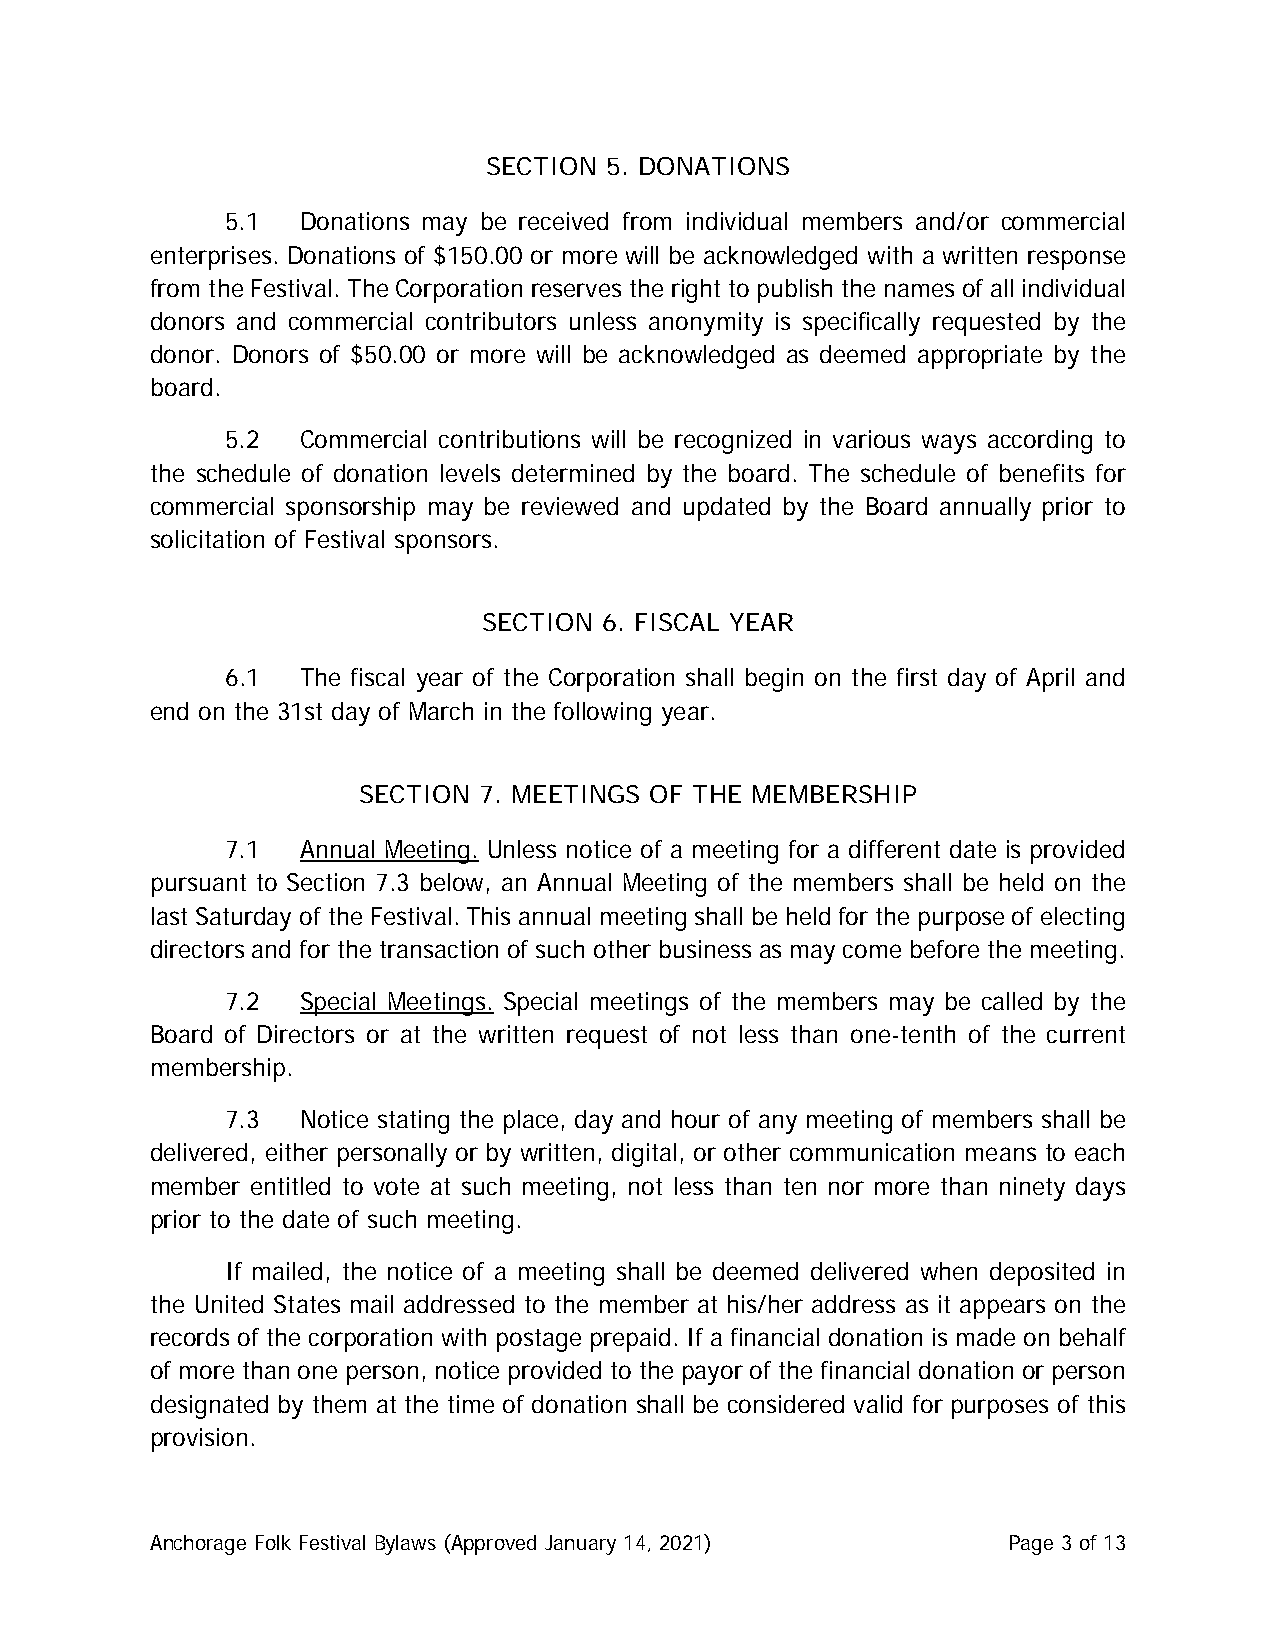
SECTION 5. DONATIONS
 5.1  Donations may be received from individual members and/or commercial
 enterprises. Donations of $150.00 or more will be acknowledged with a written response
 from the Festival. The Corporation reserves the right to publish the names of all individual
 donors and commercial contributors unless anonymity is specifically requested by the
 donor. Donors of $50.00 or more will be acknowledged as deemed appropriate by the
 board.
 5.2  Commercial contributions will be recognized in various ways according to
 the schedule of donation levels determined by the board. The schedule of benefits for
 commercial sponsorship may be reviewed and updated by the Board annually prior to
 solicitation of Festival sponsors.
 SECTION 6. FISCAL YEAR
 6.1  The fiscal year of the Corporation shall begin on the first day of April and
 end on the 31st day of March in the following year.
 SECTION 7. MEETINGS OF THE MEMBERSHIP
 7.1  Annual Meeting. Unless notice of a meeting for a different date is provided
 pursuant to Section 7.3 below, an Annual Meeting of the members shall be held on the
 last Saturday of the Festival. This annual meeting shall be held for the purpose of electing
 directors and for the transaction of such other business as may come before the meeting.
 7.2  Special Meetings. Special meetings of the members may be called by the
 Board of Directors or at the written request of not less than one-tenth of the current
 membership.
 7.3  Notice stating the place, day and hour of any meeting of members shall be
 delivered, either personally or by written, digital, or other communication means to each
 member entitled to vote at such meeting, not less than ten nor more than ninety days
 prior to the date of such meeting.
 If mailed, the notice of a meeting shall be deemed delivered when deposited in
 the United States mail addressed to the member at his/her address as it appears on the
 records of the corporation with postage prepaid. If a financial donation is made on behalf
 of more than one person, notice provided to the payor of the financial donation or person
 designated by them at the time of donation shall be considered valid for purposes of this
 provision.
 Anchorage Folk Festival Bylaws (Approved January 14, 2021) Page 3 of 13